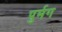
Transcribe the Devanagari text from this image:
पुर्मग